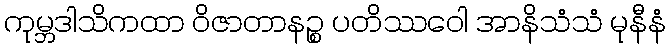
ကုမ္ဘဒါသိကထာ ဝိဇာတာနဉ္စ ပတိဿဝေါ အာနိသံသံ မုနီနံ